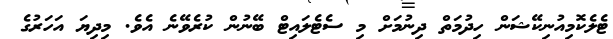
ޓެލެކޮމިއުނިކޭޝަން ހިދުމަތް ދިނުމަށް މި ސެޓެލައިޓް ބޭނުން ކުރެވޭނެ އެވެ. މިދިޔަ އަހަރުގެ